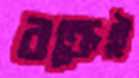
রক্তেই